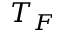
T _ { F }